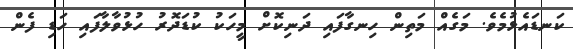
ކަނޑައެޅުމެވެ. މަގެއް މަތިން ހިނގާފައި ދަނިކޮށް މީހަކު ކުޑަދޮރު ހުޅުވާލާފައި ހަޑި ފެން